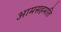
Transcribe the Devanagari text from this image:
आमसहमति